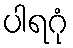
ပါရဂုံ